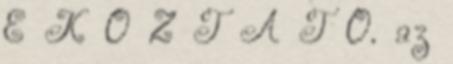
É K O Z T A T Ó. az